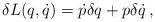
LaTeX: \begin{align*} \delta L(q,\dot{q}) = \dot{p} \delta q+ p \delta \dot{q} \, ,\end{align*}